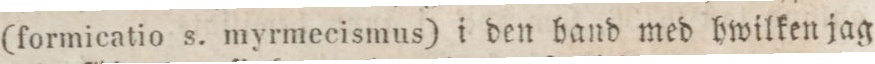
(formicatio s. myrmecismus) i den hand med hwilken jag